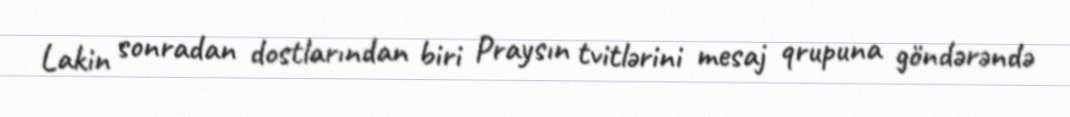
Lakin sonradan dostlarından biri Praysın tvitlərini mesaj qrupuna göndərəndə